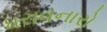
ધરાવનારો